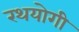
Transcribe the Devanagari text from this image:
रथयोगी